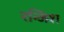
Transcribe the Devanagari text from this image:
रन्जिश